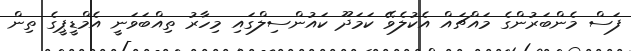
ފަސް މެންބަރުންގެ މައްޗައް އެކުލެވޭ ކަމަދޫ ކައުންސިލްގައި މިހާރު ތިއްބަވަނީ އެމްޑީޕީގެ ތިން